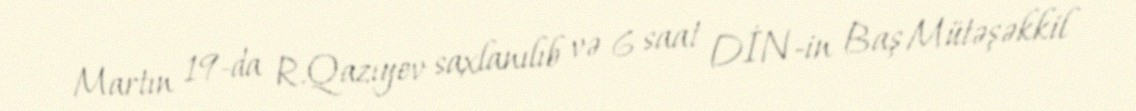
Martın 19-da R.Qazıyev saxlanılıb və 6 saat DİN-in Baş Mütəşəkkil